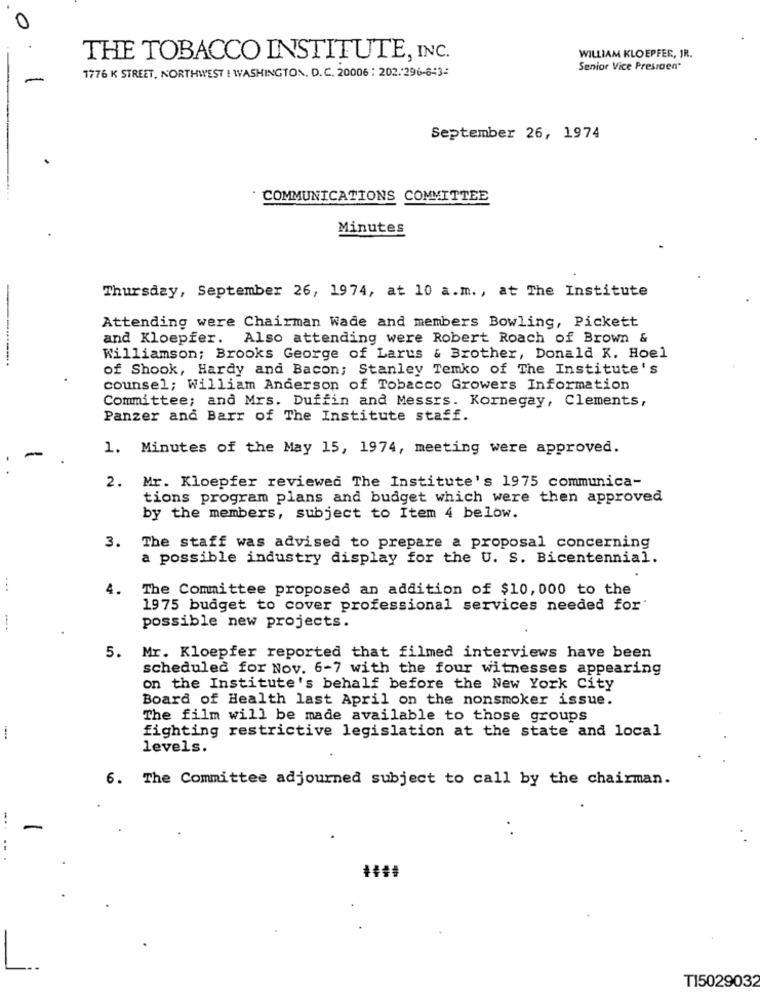
0
THE TOBACCO INSTITUTE, INC.
WILLIAM KLOEPFER, JR.
1776 K STREET, NORTHWEST ! WASHINGTON, D. C. 20006 : 202.296-843-
Senior Vice Presroen"
September 26, 1974
COMMUNICATIONS COMMITTEE
Minutes
Thursday, September 26, 1974, at 10 a.m ., at The Institute
Attending were Chairman Wade and members Bowling, Pickett
and Kloepfer. Also attending were Robert Roach of Brown &
Williamson; Brooks George of Larus & Brother, Donald K. Hoel
of Shook, Hardy and Bacon; Stanley Temko of The Institute's
counsel; William Anderson of Tobacco Growers Information
Committee; and Mrs. Duffin and Messrs. Kornegay, Clements,
Panzer and Barr of The Institute staff.
1. Minutes of the May 15, 1974, meeting were approved.
2. Mr. Kloepfer reviewed The Institute's 1975 communica-
tions program plans and budget which were then approved
by the members, subject to Item 4 below.
3. The staff was advised to prepare a proposal concerning
a possible industry display for the U. S. Bicentennial.
...
4.
The Committee proposed an addition of $10, 000 to the
1975 budget to cover professional services needed for
possible new projects.
5. Mr. Kloepfer reported that filmed interviews have been
scheduled for Nov. 6-7 with the four witnesses appearing
on the Institute's behalf before the New York City
Board of Health last April on the nonsmoker issue.
The film will be made available to those groups
fighting restrictive legislation at the state and local
levels.
6. The Committee adjourned subject to call by the chairman.
T15029032